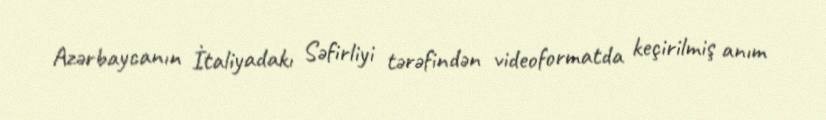
Azərbaycanın İtaliyadakı Səfirliyi tərəfindən videoformatda keçirilmiş anım